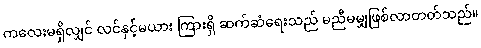
ကလေးမရှိလျှင် လင်နှင့်မယား ကြားရှိ ဆက်ဆံရေးသည် မညီမမျှဖြစ်လာတတ်သည်။